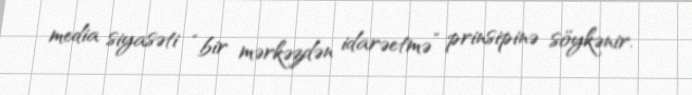
media siyasəti “bir mərkəzdən idarəetmə” prinsipinə söykənir.